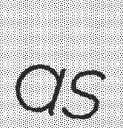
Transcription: as